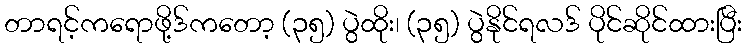
တာရင့်ကရောဖို့ဒ်ကတော့ (၃၅) ပွဲထိုး၊ (၃၅) ပွဲနိုင်ရလဒ် ပိုင်ဆိုင်ထားပြီး